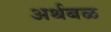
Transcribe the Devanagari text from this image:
अर्थबळ